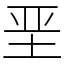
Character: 垩